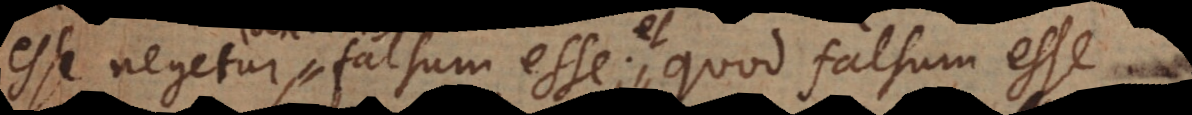
esse negetur, falsum esse; quod falsum esse